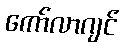
ကော်လာဂျင်